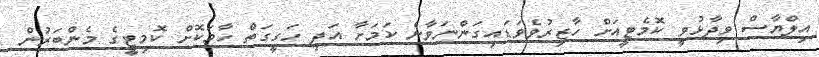
އިލްޔާސް ވިދާޅުވީ ކޮމެޓީއަށް ހާޒިރުވެވަޑައިގަންނަވާނެ ކަމަށާ އަދި ހަގީގަތް ހާމަކޮށް ކޮމިޓީގެ މެންބަރުން